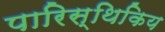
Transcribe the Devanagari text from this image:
पारिस्थिकिय